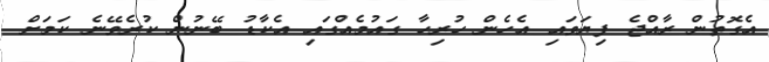
އެގޮތުން ރާއްޖެ ފިޔަވައި އެހެން ހުރިހާ ގައުމެއްގައި އެކާޑު ބޭނުން ކުރެވޭނެ ކަމަށް